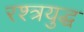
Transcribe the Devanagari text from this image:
रश्त्रयुद्ध